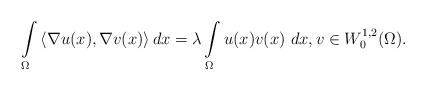
LaTeX: \begin{align*}\int\limits_{\Omega} \left\langle \nabla u(x), \nabla v(x) \right\rangle dx= \lambda \int\limits_{\Omega} u(x) v(x)~dx, v \in W_0^{1,2}(\Omega).\end{align*}